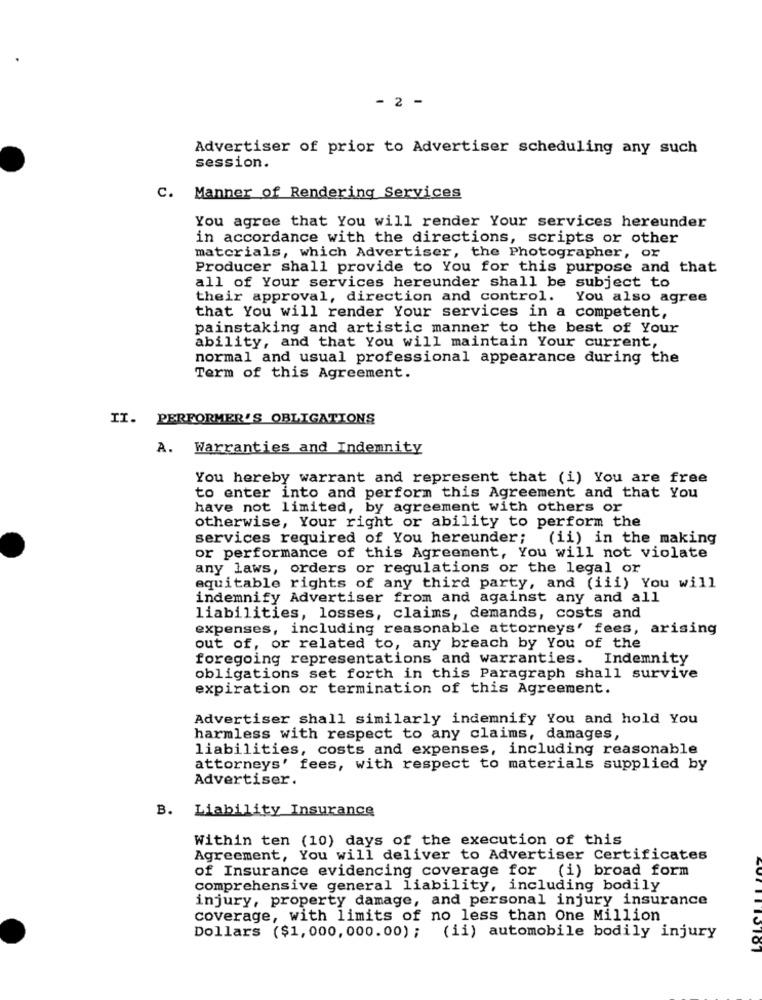
- 2 -
Advertiser of prior to Advertiser scheduling any such
session.
c.
Manner of Rendering Services
You agree that You will render Your services hereunder
in accordance with the directions, scripts or other
materials, which Advertiser, the Photographer, or
Producer shall provide to You for this purpose and that
all of Your services hereunder shall be subject to
their approval, direction and control. You also agree
that You will render Your services in a competent,
painstaking and artistic manner to the best of Your
ability, and that You will maintain Your current,
normal and usual professional appearance during the
Term of this Agreement.
II. PERFORMER'S OBLIGATIONS
A. Warranties and Indemnity
You hereby warrant and represent that (i) You are free
to enter into and perform this Agreement and that You
have not limited, by agreement with others or
otherwise, Your right or ability to perform the
services required of You hereunder;
(ii) in the making
or performance of this Agreement, You will not violate
any laws, orders or regulations or the legal or
equitable rights of any third party, and (iii) You will
indemnify Advertiser from and against any and all
liabilities, losses, claims, demands, costs and
expenses, including reasonable attorneys' fees, arising
out of, or related to, any breach by You of the
foregoing representations and warranties. Indemnity
obligations set forth in this Paragraph shall survive
expiration or termination of this Agreement.
Advertiser shall similarly indemnify You and hold You
harmless with respect to any claims, damages,
liabilities, costs and expenses, including reasonable
attorneys' fees, with respect to materials supplied by
Advertiser.
B. Liability Insurance
Within ten (10) days of the execution of this
Agreement, You will deliver to Advertiser Certificates
of Insurance evidencing coverage for (i) broad form
comprehensive general liability, including bodily
injury, property damage, and personal injury insurance
Coverage, with limits of no less than One Million
Dollars ($1,000, 000.00) ; (ii) automobile bodily injury